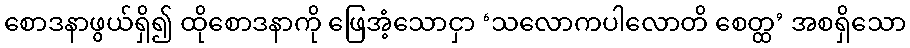
စောဒနာဖွယ်ရှိ၍ ထိုစောဒနာကို ဖြေအံ့သောငှာ ‘သလောကပါလောတိ စေတ္ထ’ အစရှိသော